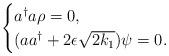
LaTeX: \begin{align*}\begin{cases}a^\dagger a \rho = 0 , \\(a a^\dagger + 2 \epsilon \sqrt{2k_1} ) \psi = 0 .\end{cases}\end{align*}